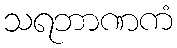
သရဘာဏကံ